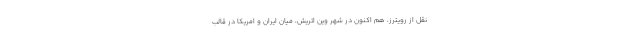
نقل از رویترز، هم اکنون در شهر وین اتریش، میان ایران و امریکا در قالب